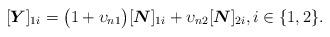
LaTeX: \begin{align*}[\boldsymbol{Y}]_{1i} = \big(1+\upsilon_{n1}\big)[\boldsymbol{N}]_{1i} + \upsilon_{n2}[\boldsymbol{N}]_{2i}, i\in\{1,2\}.\end{align*}